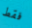
فقط